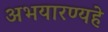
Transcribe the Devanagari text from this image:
अभयारण्यहे